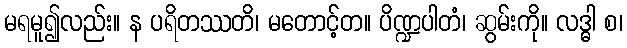
မရမူ၍လည်း။ န ပရိတဿတိ၊ မတောင့်တ။ ပိဏ္ဍပါတံ၊ ဆွမ်းကို။ လဒ္ဓါ စ၊